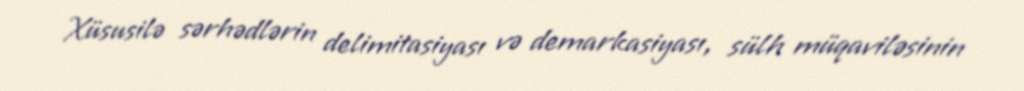
Xüsusilə sərhədlərin delimitasiyası və demarkasiyası, sülh müqaviləsinin